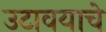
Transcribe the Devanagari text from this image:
उटावयाचे